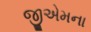
જીએમના